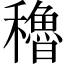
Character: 穭